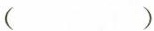
( )